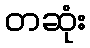
တဆုံး